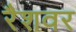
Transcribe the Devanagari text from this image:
रैशवर